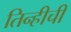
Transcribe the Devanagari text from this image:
तिन्हीची